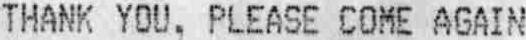
THANK YOU, PLEASE COME AGAIN